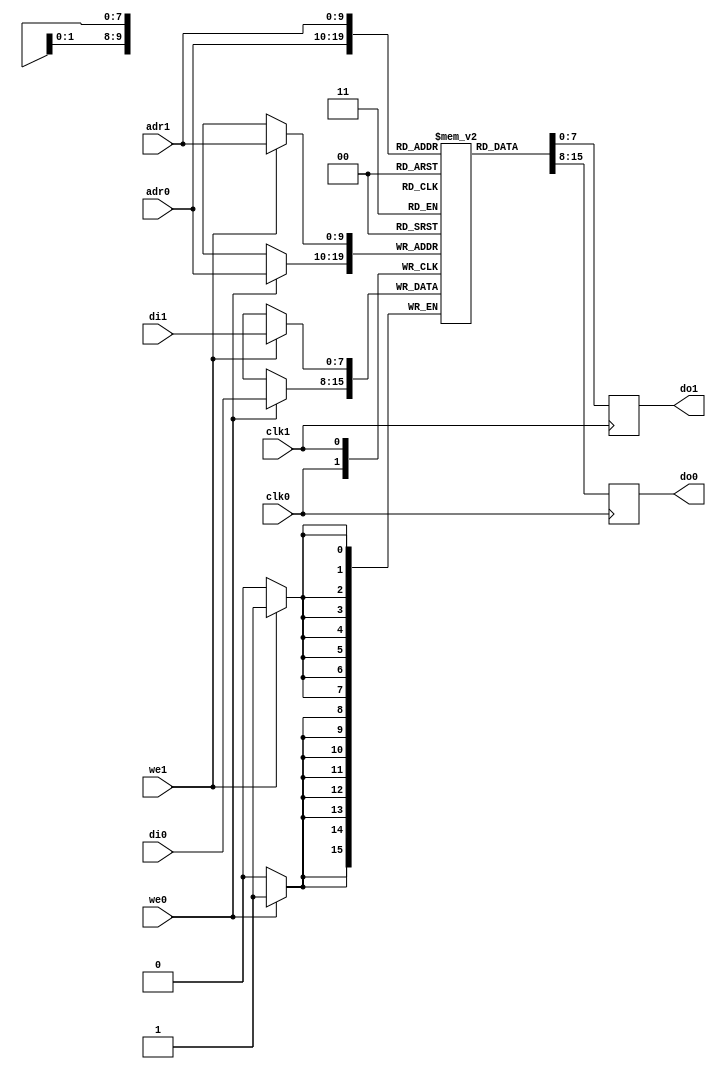
/*
 * Yet Another Dynamic Memory Controller
 * Copyright (C) 2008 Sebastien Bourdeauducq - http://lekernel.net
 * This file is part of Milkymist.
 *
 * Milkymist is free software; you can redistribute it and/or modify it
 * under the terms of the GNU Library General Public License as published
 * by the Free Software Foundation; either version 2, or (at your option)
 * any later version.
 *
 * This program is distributed in the hope that it will be useful,
 * but WITHOUT ANY WARRANTY; without even the implied warranty of
 * MERCHANTABILITY or FITNESS FOR A PARTICULAR PURPOSE.  See the GNU
 * Library General Public License for more details.
 *
 * You should have received a copy of the GNU Library General Public
 * License along with this program; if not, write to the Free Software
 * Foundation, Inc., 51 Franklin Street, Fifth Floor, Boston, MA 02110-1301,
 * USA.
 */

module yadmc_dpram #(
	parameter address_depth = 10,
	parameter data_width = 8
) (
	input clk0,
	input [address_depth-1:0] adr0,
	input we0,
	input [data_width-1:0] di0,
	output reg [data_width-1:0] do0,
	
	input clk1,
	input [address_depth-1:0] adr1,
	input we1,
	input [data_width-1:0] di1,
	output reg [data_width-1:0] do1
);

reg [data_width-1:0] storage[0:(1 << address_depth)-1];

always @(posedge clk0) begin
	if(we0) storage[adr0] <= di0;
	do0 <= storage[adr0];
end

always @(posedge clk1) begin
	if(we1) storage[adr1] <= di1;
	do1 <= storage[adr1];
end

integer i;
initial begin
	for(i=0;i<(1 << address_depth);i=i+1)
		storage[i] <= 0;
end

endmodule